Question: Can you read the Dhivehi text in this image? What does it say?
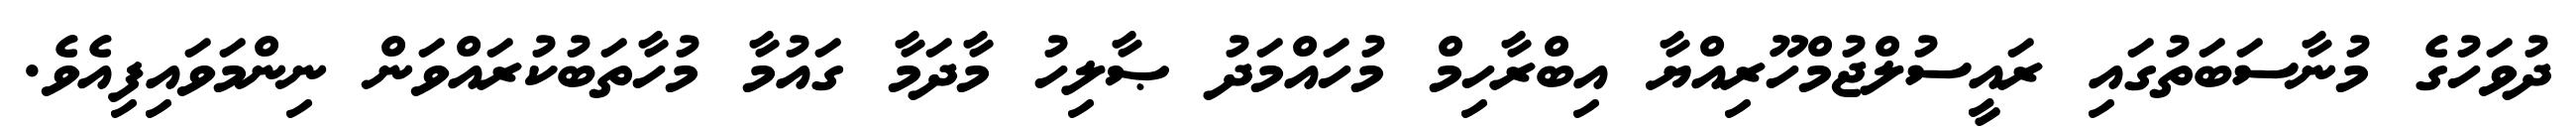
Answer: ދުވަހުގެ މުނާސަބަތުގައި ރައީސުލްޖުމްހޫރިއްޔާ އިބްރާހިމް މުހައްމަދު ޞާލިހު މާދަމާ ގައުމާ މުހާތަބުކުރައްވަން ނިންމަވައިފިއެވެ.